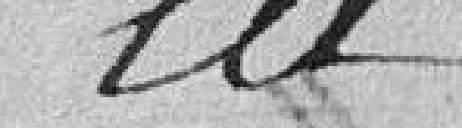
la